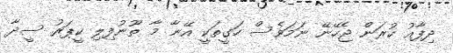
ދިފާއު ކުރަން ޖެހޭނޭ ނަމަވެސް ހަގީތަކީ އޭނާ މާ ތޫނުފިލި ކީޕަރު ސީދާ